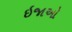
ઇજાઓ